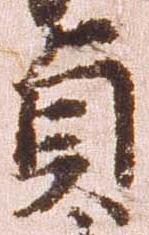
貞